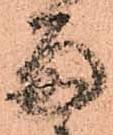
留